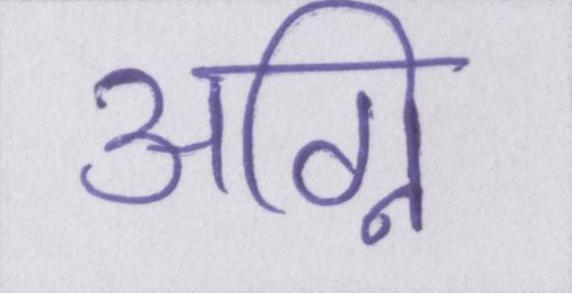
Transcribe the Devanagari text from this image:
अग्नि